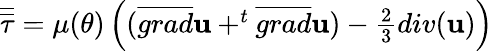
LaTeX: \begin{array}{r}{\overline{{\overline{{\tau}}}}=\mu(\theta)\left((\overline{{grad}}\mathbf{u}+^{t}\overline{{grad}}\mathbf{u})-\frac{2}{3}div(\mathbf{u})\right)}\end{array}